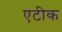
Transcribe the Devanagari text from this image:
एटीक